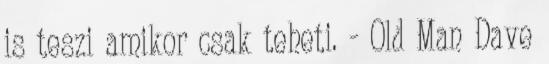
is teszi amikor csak teheti. - Old Man Dave